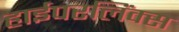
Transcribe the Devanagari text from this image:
हाईपरलिंक्स